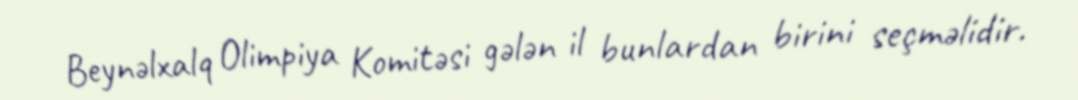
Beynəlxalq Olimpiya Komitəsi gələn il bunlardan birini seçməlidir.